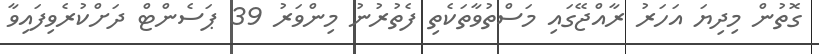
ގޮތުން މިދިޔަ އަހަރު ރާއްޖޭގައި މަސްތުވާތަކެތި ފެތުރުނު މިންވަރު 39 ޕަސެންޓް ދަށްކުރެވިފައިވާ